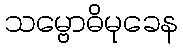
သမ္ဗောဓိမုခေန